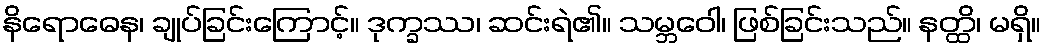
နိရောဓေန၊ ချုပ်ခြင်းကြောင့်။ ဒုက္ခဿ၊ ဆင်းရဲ၏။ သမ္ဘဝေါ၊ ဖြစ်ခြင်းသည်။ နတ္ထိ၊ မရှိ။